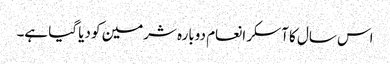
اس سال کا آسکر انعام دوبارہ شرمین کو دیا گیا ہے۔